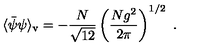
\langle \bar { \psi } \psi \rangle _ { \mathrm { v } } = - \frac { N } { \sqrt { 1 2 } } \left( \frac { N g ^ { 2 } } { 2 \pi } \right) ^ { 1 / 2 } \ .